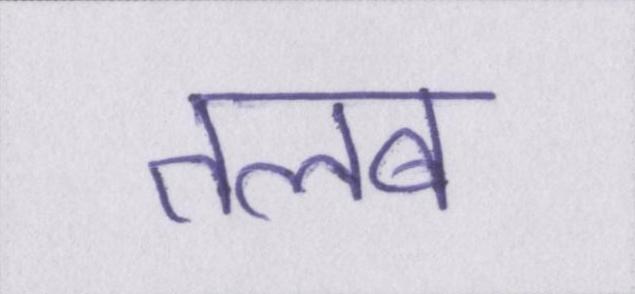
तलब